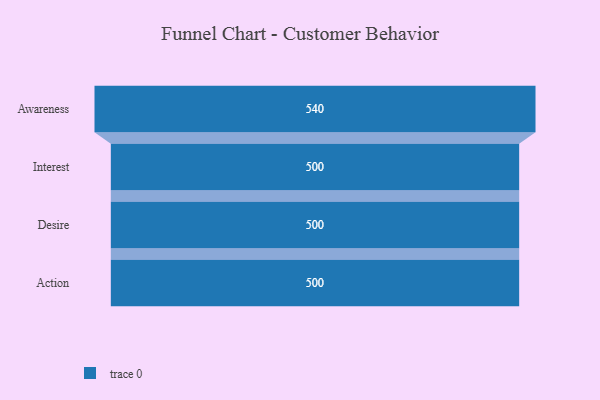
{"axis": {"x": "Stage", "y": "Value"}, "legend": [""], "data": [{"x": "Awareness", "y": 540.0, "type": ""}, {"x": "Interest", "y": 500, "type": ""}, {"x": "Desire", "y": 500, "type": ""}, {"x": "Action", "y": 500, "type": ""}]}